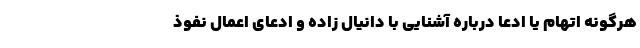
هرگونه اتهام یا ادعا درباره آشنایی با دانیال زاده و ادعای اعمال نفوذ